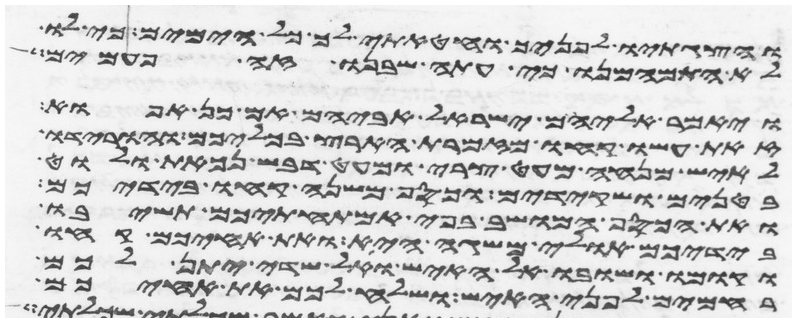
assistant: והצגתיו לפניך וחטאתי לך כל הימים כי לו
לא התמהמנו כי עתה שבנו זה פעמים
ויאמר אליהם ישראל אביהם אם כן אפוא
זאת עשו קחו מזמרת הארץ בכליכם והורידו
לאיש מנחה מעט צרי ומעט דבש נכאת ולוט
בטנים ושקידים וכסף משנה קחו בידכם
ואת הכסף המושב בפי אמתחתיכם תשיבו
בידיכם אולי משגה היא ואת אחיכם קחו
וקומו ושובו אל האיש ואל שדי יתן לכם
רחמים לפני האיש ושלח לכם את אחיכם